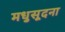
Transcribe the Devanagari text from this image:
मधुसूदना